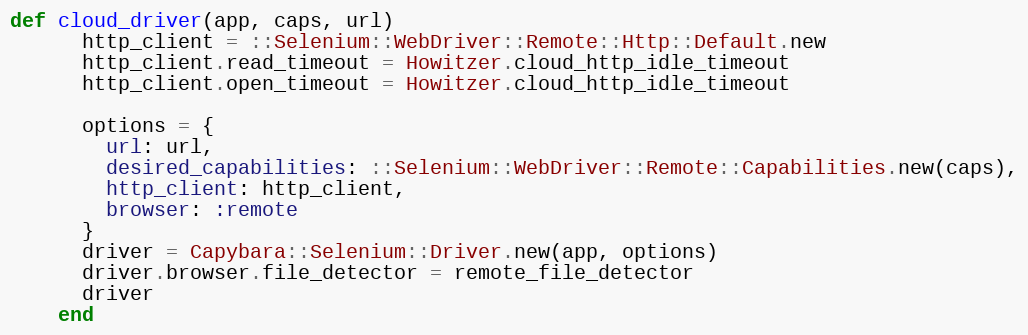
Language: Ruby
def cloud_driver(app, caps, url)
      http_client = ::Selenium::WebDriver::Remote::Http::Default.new
      http_client.read_timeout = Howitzer.cloud_http_idle_timeout
      http_client.open_timeout = Howitzer.cloud_http_idle_timeout

      options = {
        url: url,
        desired_capabilities: ::Selenium::WebDriver::Remote::Capabilities.new(caps),
        http_client: http_client,
        browser: :remote
      }
      driver = Capybara::Selenium::Driver.new(app, options)
      driver.browser.file_detector = remote_file_detector
      driver
    end